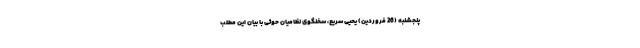
پنجشنبه (26 فروردین) یحیی سریع، سخنگوی نظامیان حوثی با بیان این مطلب